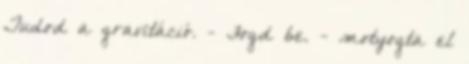
Tudod a gravitáció. - Fogd be. - motyogta el